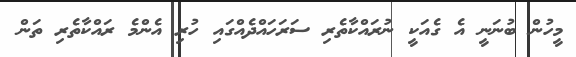
މީހުން ބުނަނީ އެ ގެއަކީ ނުރައްކާތެރި ސަރަހައްދެއްގައި ހުރި އެންމެ ރައްކާތެރި ތަން